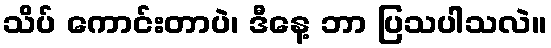
သိပ် ကောင်းတာပဲ၊ ဒီနေ့ ဘာ ပြသပါသလဲ။